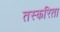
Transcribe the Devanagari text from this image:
तस्करिता